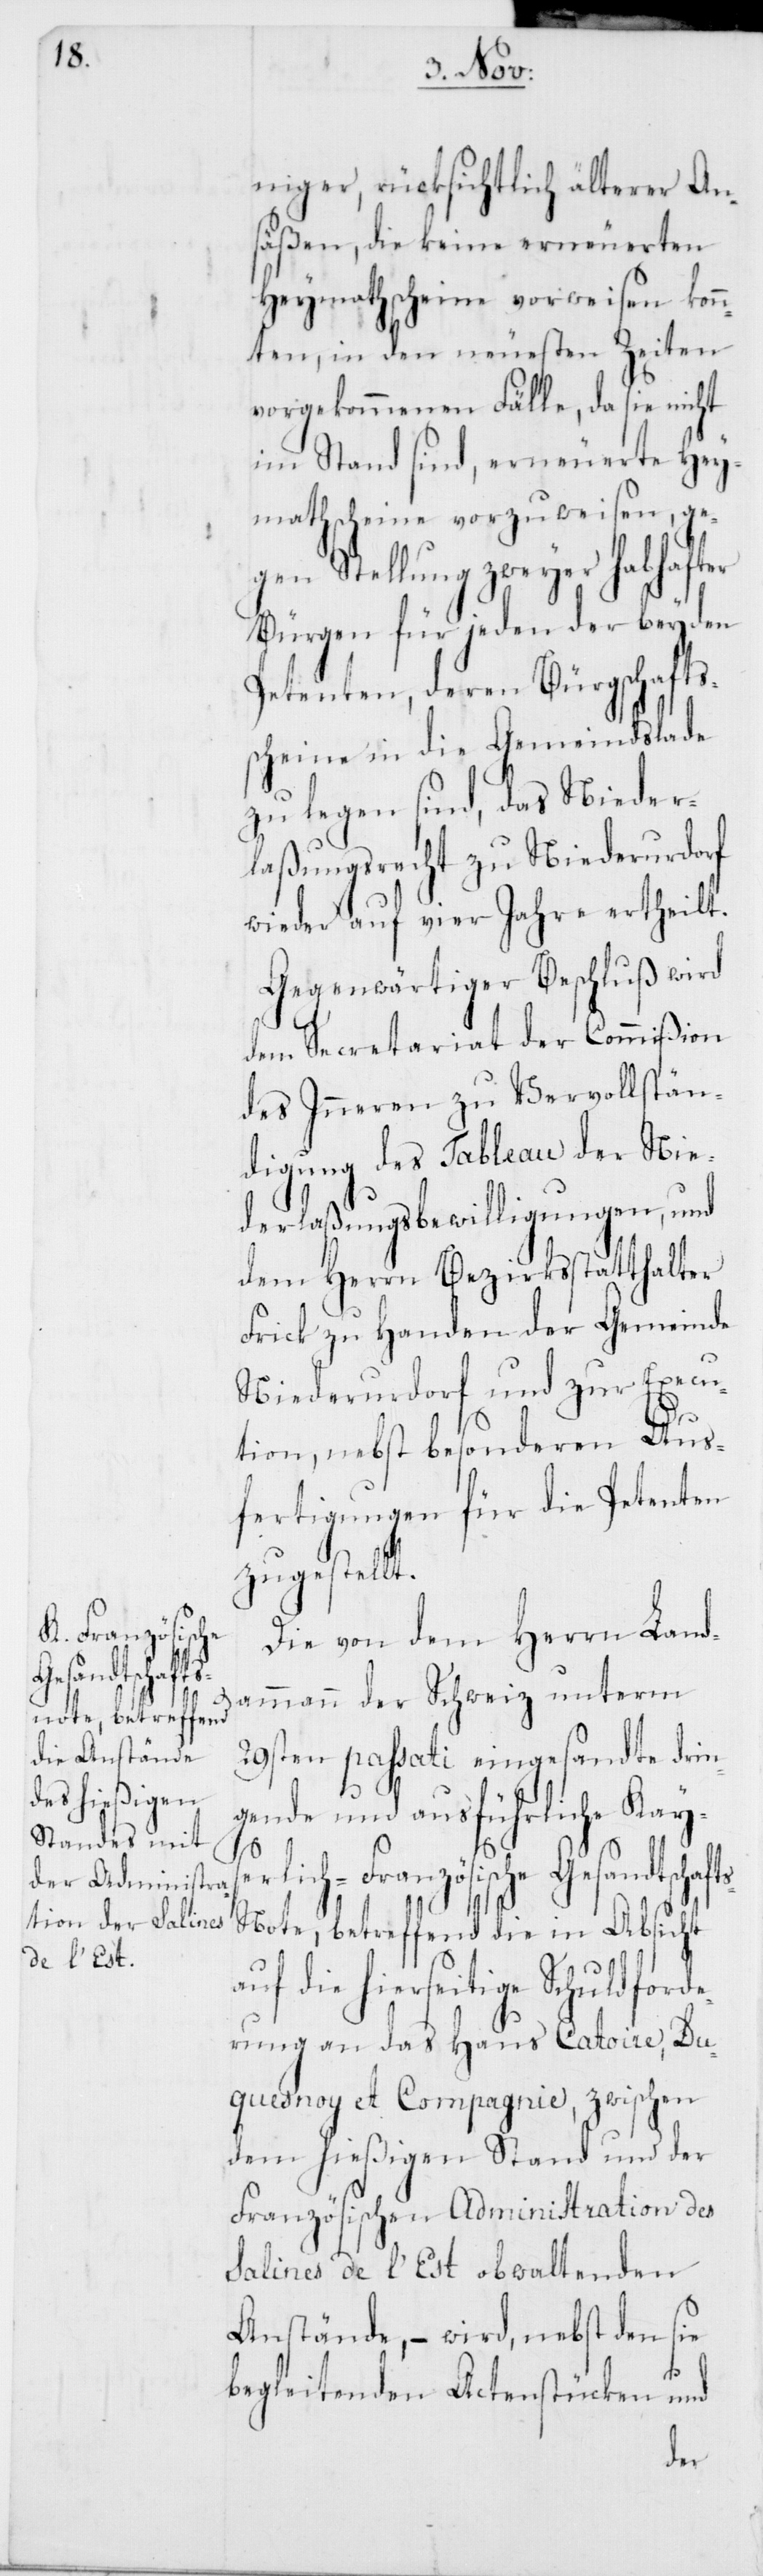
niger, rücksichtlich älterer An¬
säßen, die keine erneuereten
Heymathscheine vorweisen konn¬
ten, in den neuesten Zeiten
vorgekommenen Fälle, da sie nicht
im Stand sind, erneuerete Hey¬
mathscheine vorzuweisen, ge¬
gen Stellung zweyer habhafter
Bürgen für jeden der beyden
Petenten, deren Bürgschafts¬
scheine in die Gemeindslade
zu legen sind, das Nieder¬
laßungsrecht zu Niederurdorf
wieder auf vier Jahre ertheilt.
Gegenwärtiger Beschluß wird
dem Secretariat der Commißion
des Inneren zu Vervollstän¬
digung des Tableau der Nie¬
derlaßungsbewilligungen, und
dem Herrn Bezirksstatthalter
Frick zu Handen der Gemeinde
Niederurdorf und zur Execu¬
tion, nebst besonderen Aus¬
fertigungen für die Petenten
zugestellt.
Die von dem Herrn Land¬
ammann der Schweiz unterm
29sten passati eingesandte drin¬
gende und ausführliche Kayse¬
rlich-Französische Gesandtscha¬
s-Note, betreffend die in Absicht
auf die hierseitige Schuldforde¬
rung an das Haus Catoire, Du¬
quesnoy et Compagnie, zwischen
dem hießigen Stand und der
Französischen Administration des
Salines de l’Est obwaltenden
Anstände, – wird nebst den sie
ft¬
begleitenden Actenstücken und